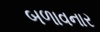
બળાવનાર